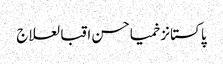
پاکستانزخمیاحسن اقبالعلاج